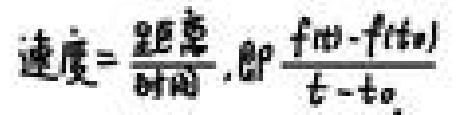
速度=\(\frac{距离}{时间}\),即\(\frac{f(t)-f(t_{0})}{t - t_{0}}\)